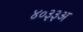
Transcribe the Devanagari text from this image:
४०३३अ